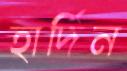
হার্দিন